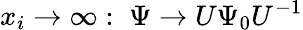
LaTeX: x_{i}\rightarrow\infty:\; \Psi\rightarrow U\Psi_{0}U^{-1}